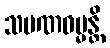
သမဏဓမ္မန္တိ